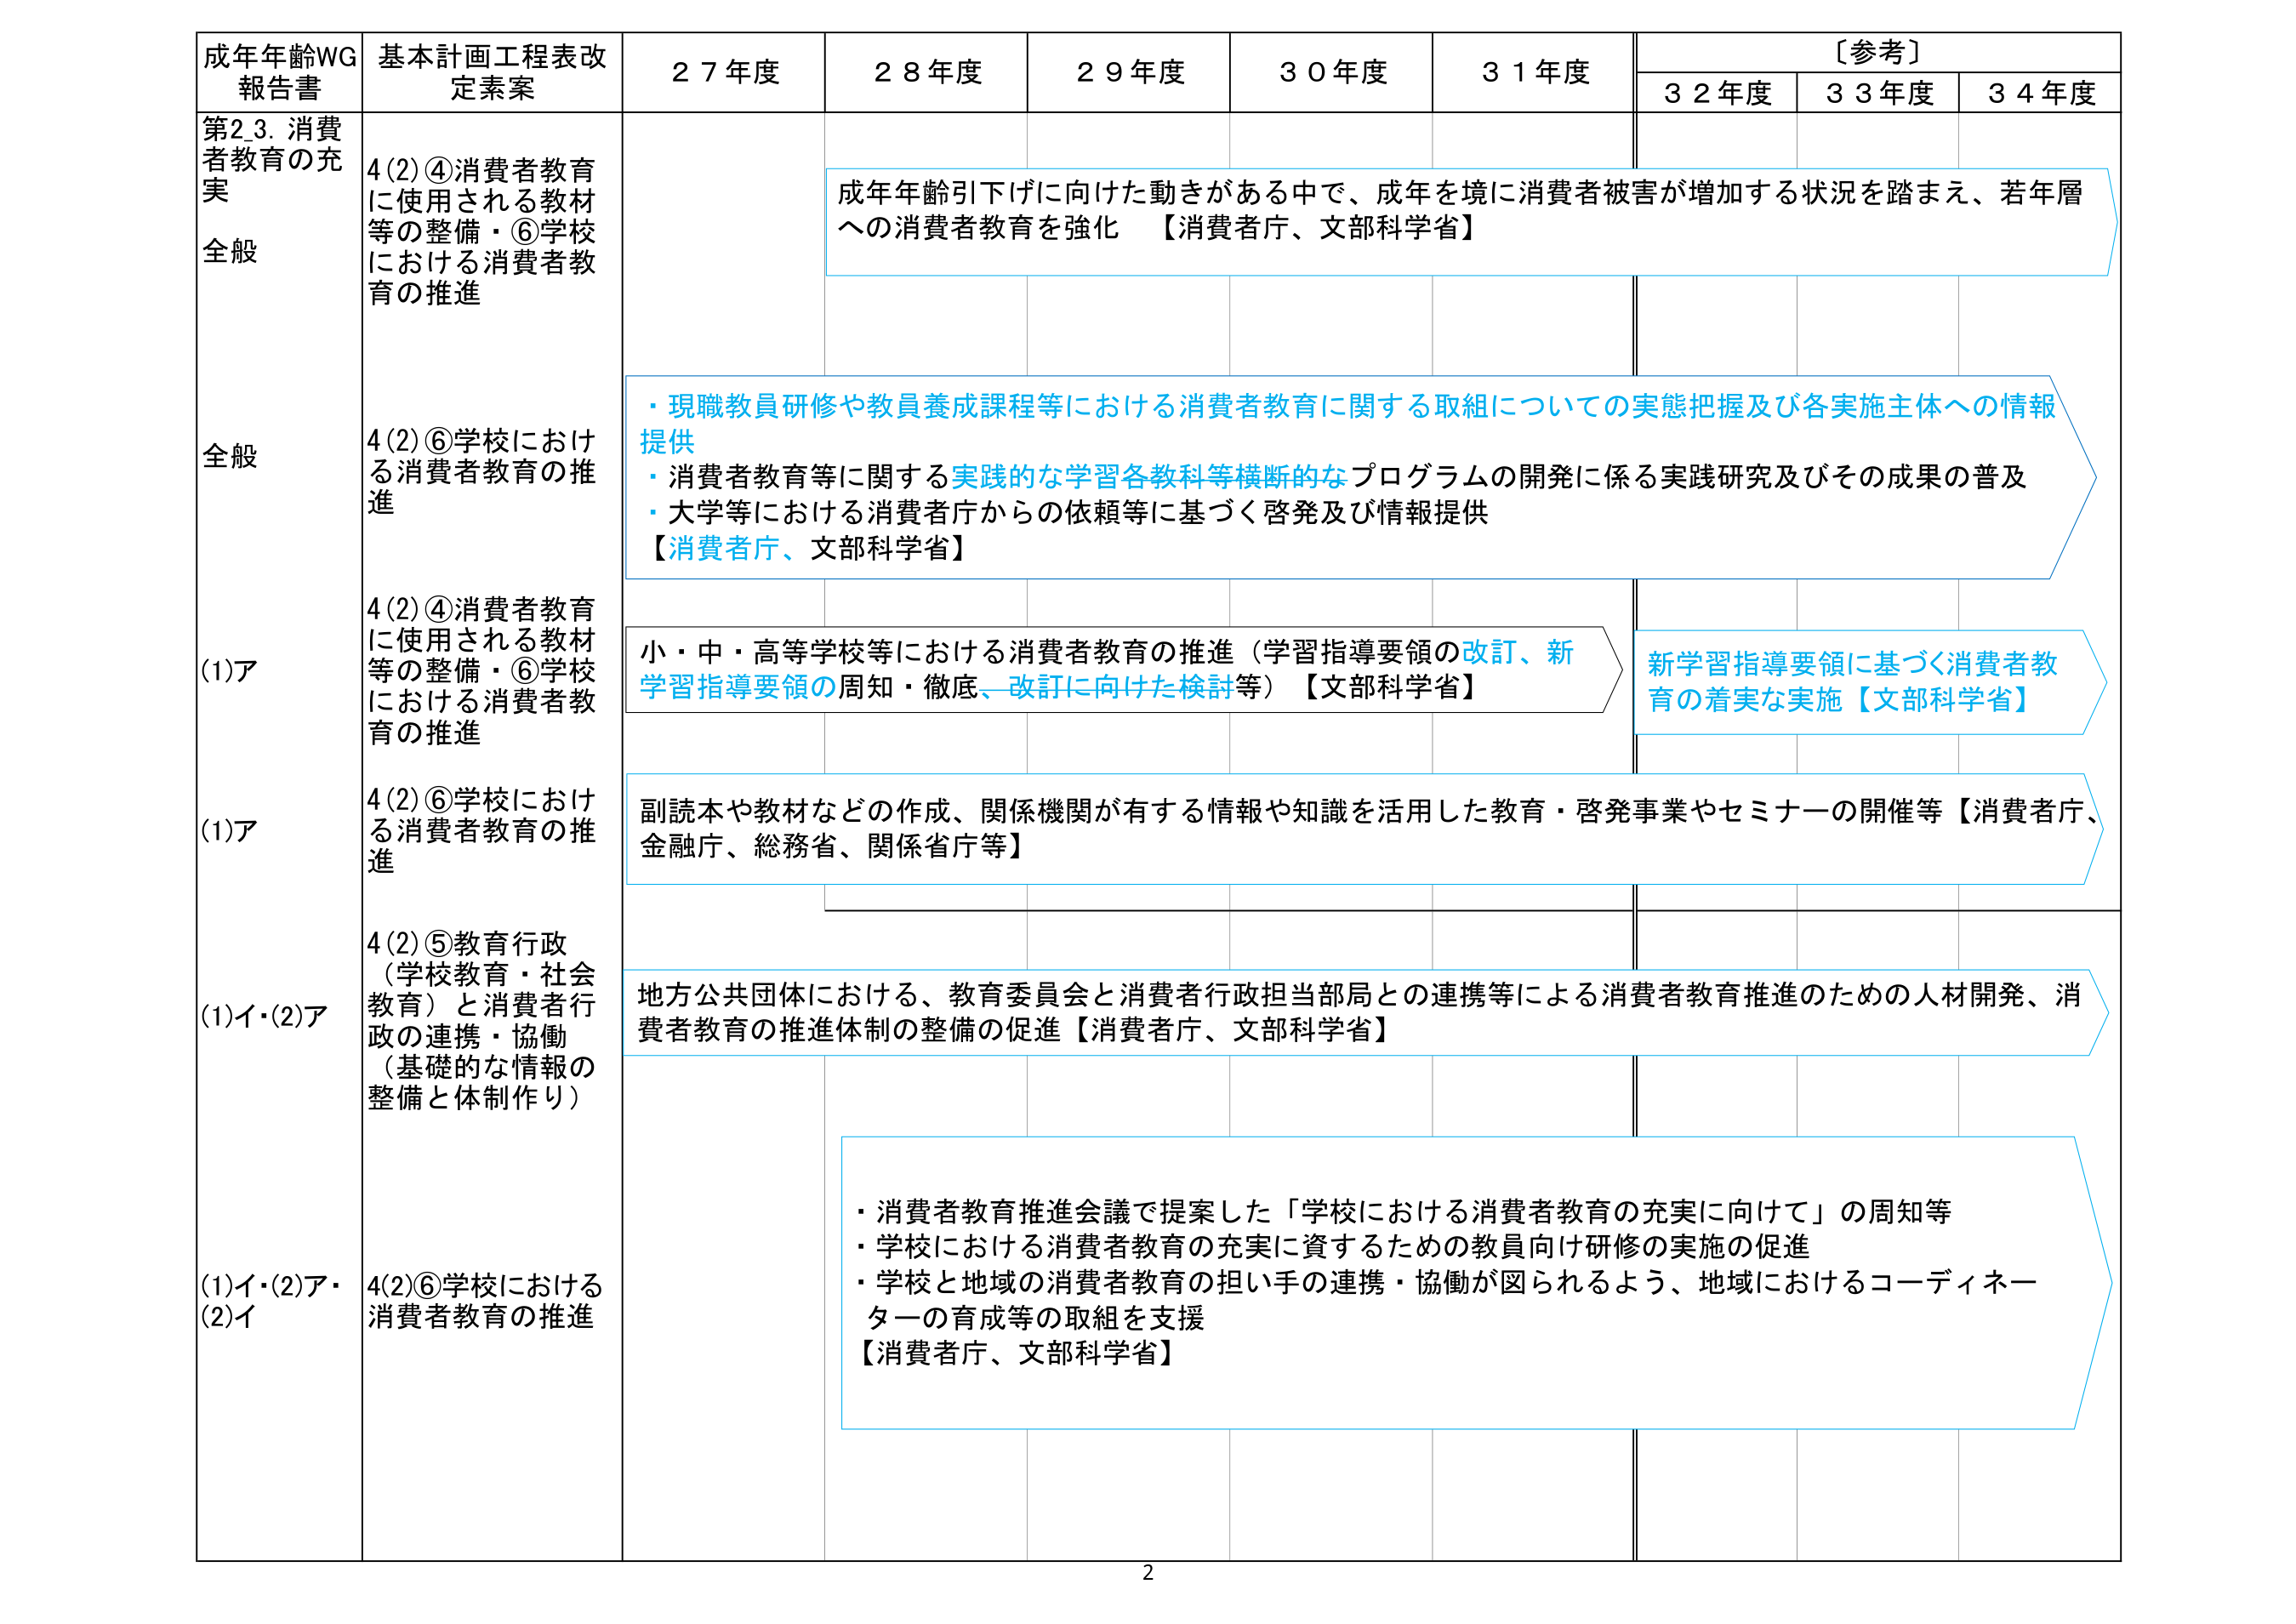
成年年齢WG
報告書

基本計画工程表改定素案

２７年度
２８年度
２９年度
３０年度
３１年度
〔参考〕
３２年度
３３年度
３４年度

第23. 消費者教育の充実
全般
4(2)④消費者教育に使用される教材等の整備・⑥学校における消費者教育の推進

成年年齢引下げに向けた動きがある中で、成年を境に消費者被害が増加する状況を踏まえ、若年層への消費者教育を強化 【消費者庁、文部科学省】

全般
4(2)⑥学校における消費者教育の推進

・現職教員研修や教員養成課程等における消費者教育に関する取組についての実態把握及び各実施主体への情報提供
・消費者教育等に関する実践的な学習各教科等横断的なプログラムの開発に係る実践研究及びその成果の普及
・大学等における消費者庁からの依頼等に基づく啓発及び情報提供
【消費者庁、文部科学省】

(1)ア
4(2)④消費者教育に使用される教材等の整備・⑥学校における消費者教育の推進

小・中・高等学校等における消費者教育の推進（学習指導要領の改訂、新学習指導要領の周知・徹底、改訂に向けた検討等）【文部科学省】

新学習指導要領に基づく消費者教育の着実な実施【文部科学省】

(1)ア
4(2)⑥学校における消費者教育の推進

副読本や教材などの作成、関係機関が有する情報や知識を活用した教育・啓発事業やセミナーの開催等【消費者庁、金融庁、総務省、関係省庁等】

(1)イ・(2)ア
4(2)⑤教育行政（学校教育・社会教育）と消費者行政の連携・協働（基礎的な情報の整備と体制作り）

地方公共団体における、教育委員会と消費者行政担当部局との連携等による消費者教育推進のための人材開発、消費者教育の推進体制の整備の促進【消費者庁、文部科学省】

(1)イ・(2)ア・(2)イ
4(2)⑥学校における消費者教育の推進

・消費者教育推進会議で提案した「学校における消費者教育の充実に向けて」の周知等
・学校における消費者教育の充実に資するための教員向け研修の実施の促進
・学校と地域の消費者教育の担い手の連携・協働が図られるよう、地域におけるコーディネーターの育成等の取組を支援
【消費者庁、文部科学省】

2